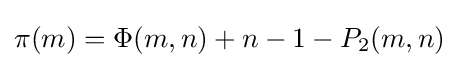
\pi (m)=\Phi (m,n)+n-1-P_{2}(m,n)